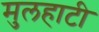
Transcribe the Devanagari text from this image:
मुलहाटी